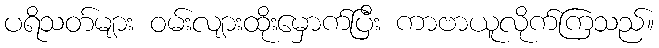
ပရိသတ်များ ဝမ်းလျားထိုးမှောက်ပြီး ကာဗာယူလိုက်ကြသည်။